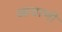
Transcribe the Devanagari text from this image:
आडाणी